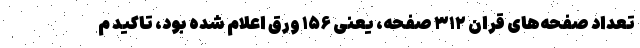
تعداد صفحه‌های قران ۳۱۲ صفحه، یعنی ۱۵۶ ورق اعلام شده بود، تاکید م